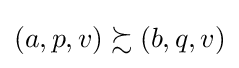
\left(a,p,v\right)\succsim \left(b,q,v\right)